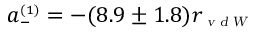
a _ { \scriptscriptstyle - } ^ { \scriptscriptstyle ( 1 ) } = - ( 8 . 9 \pm 1 . 8 ) r _ { \scriptscriptstyle \textsl { v d W } }